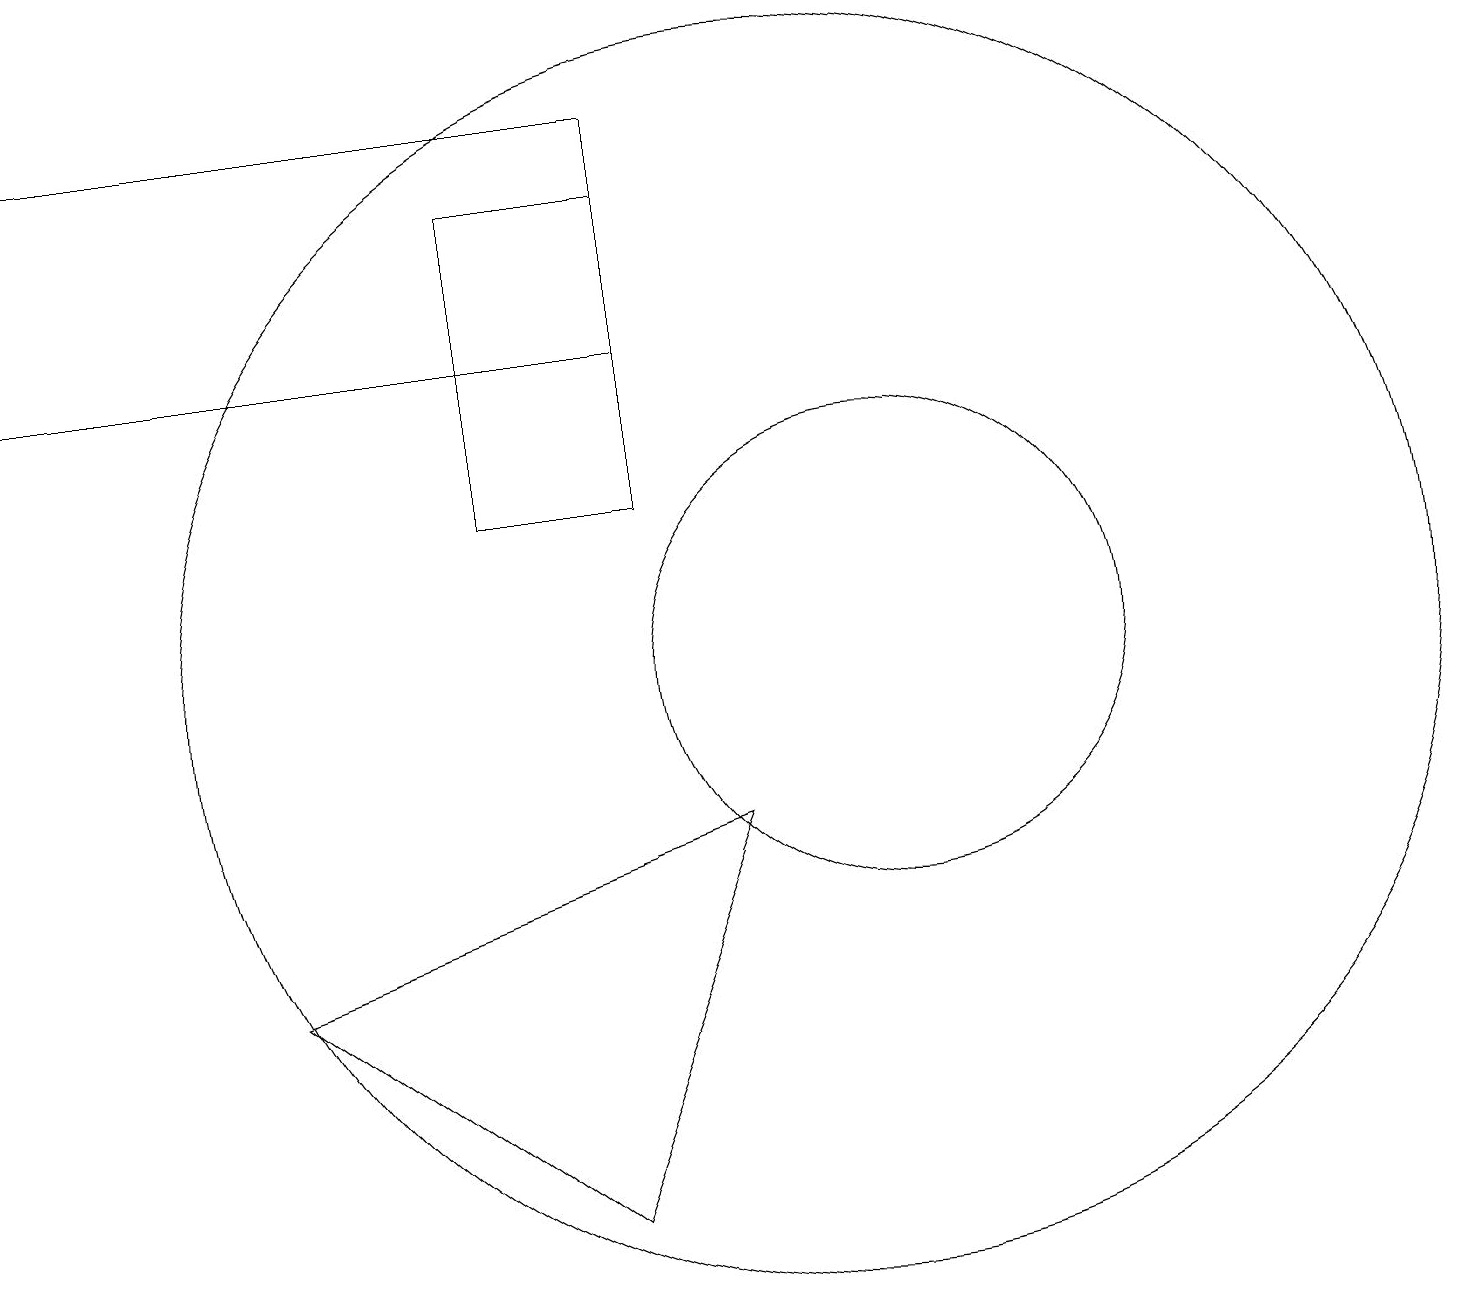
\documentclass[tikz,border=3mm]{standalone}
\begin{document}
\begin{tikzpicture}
\draw (8,12) rectangle (6,16);
\draw (0,14) rectangle (8,17);
\draw (7,3) -- (9,8) -- (3,6) -- cycle;
\draw (10,10) circle (8);
\draw (11,10) circle (3);
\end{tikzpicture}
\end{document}